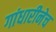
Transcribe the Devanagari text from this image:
गांधारीनेच